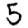
Digit: 5